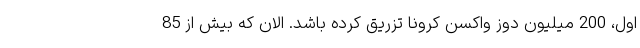
اول، 200 میلیون دوز واکسن کرونا تزریق کرده باشد. الان که بیش از 85